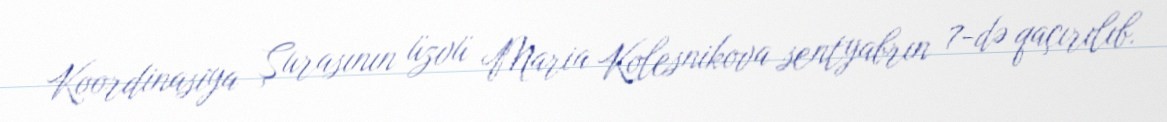
Koordinasiya Şurasının üzvü Maria Kolesnikova sentyabrın 7-də qaçırılıb.